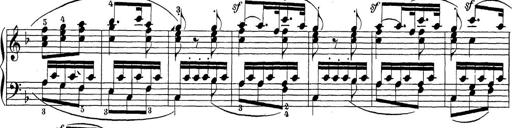
Title: Sonatina Album
Composer: Louis KÃ¶hler